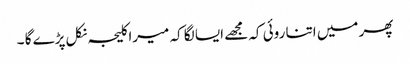
پھر میں اتنا روئی کہ مجھے ایسا لگا کہ میرا کلیجہ نکل پڑے گا ۔